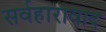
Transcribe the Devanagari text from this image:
सर्वहारावाद